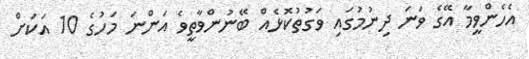
އެހެންވީމާ އޭގެ ވަނަ ދިނުމުގައި ވަގުތުކޮޅެއް ބޭނުންވާތީވެ އަންނަ މަހުގެ 10 އަކަށް